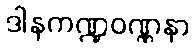
ဒါနကဏ္ဍဝဏ္ဏနာ